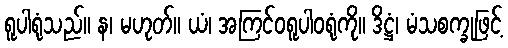
ရူပါရုံသည်။ န၊ မဟုတ်။ ယံ၊ အကြင်ဝရူပါဝရုံကို။ ဒိဋ္ဌံ၊ မံသစက္ခုဖြင့်